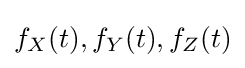
f_{X}(t),f_{Y}(t),f_{Z}(t)